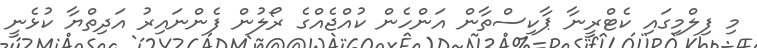
މި ފިލްމިގައި ކެޓްރީނާ ޕާކިސްތާން އަންހެން ކުއްޖެއްގެ ރޯލުން ފެންނައިރު އަދިތްޔާ ކުޅެނީ